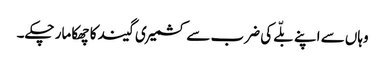
وہاں سے اپنے بلّے کی ضرب سے کشمیری گیند کا چھکا مار چکے۔